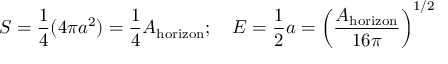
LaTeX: S = { \frac { 1 } { 4 } } ( 4 \pi a ^ { 2 } ) = { \frac { 1 } { 4 } } A _ { \mathrm { h o r i z o n } } ; \quad E = { \frac { 1 } { 2 } } a = \left( { \frac { A _ { \mathrm { h o r i z o n } } } { 1 6 \pi } } \right) ^ { 1 / 2 }